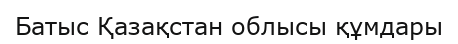
Батыс Қазақстан облысы құмдары